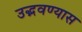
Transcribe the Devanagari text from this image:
उद्भवण्यास